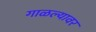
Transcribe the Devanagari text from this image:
गाळल्यावर